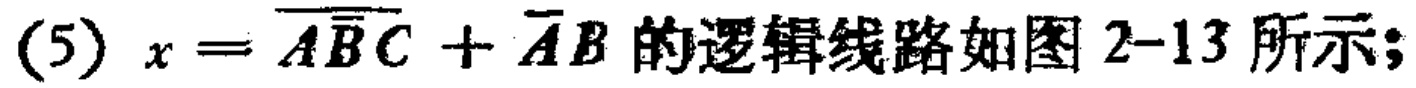
(5) \(x = \overline{A}\overline{B}\overline{C}+\overline{A}B\)的逻辑线路如图2-13所示;